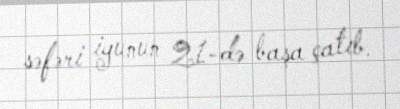
səfəri iyunun 21-də başa çatıb.